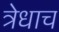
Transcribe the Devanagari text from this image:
त्रेधाच